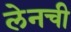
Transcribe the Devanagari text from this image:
लेनची